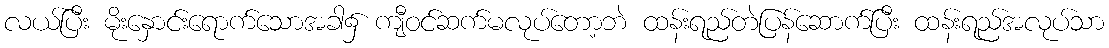
လယ်ပြီး မိုးနှောင်းရောက်သောအခါ၌ ကျီဝင်ဆက်မလုပ်တော့ဘဲ ထန်းရည်တဲပြန်ဆောက်ပြီး ထန်းရည်အလုပ်သာ